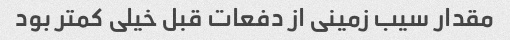
مقدار سیب زمینی از دفعات قبل خیلی کمتر بود